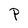
Character: P